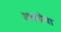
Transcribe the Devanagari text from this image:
अश्वसेवा